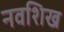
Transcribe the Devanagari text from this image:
नवशिख